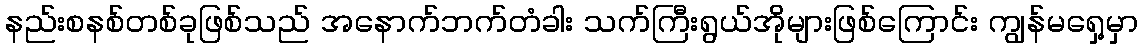
နည်းစနစ်တစ်ခုဖြစ်သည် အနောက်ဘက်တံခါး သက်ကြီးရွယ်အိုများဖြစ်ကြောင်း ကျွန်မရှေ့မှာ